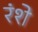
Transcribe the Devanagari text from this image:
रंशे